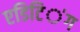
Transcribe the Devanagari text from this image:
एडिटिऺग